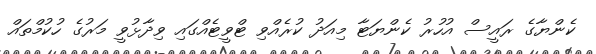
ކެންޔާގެ ރައީސް އުހުރު ކެންޔަޓާ މިއަދު ކުރެއްވި ޓްވީޓެއްގައި ވިދާޅުވީ މަރުގެ ހުކުމްތައް